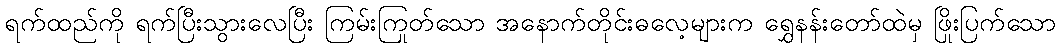
ရက်ထည်ကို ရက်ပြီးသွားလေပြီး ကြမ်းကြုတ်သော အနောက်တိုင်းဓလေ့များက ရွှေနန်းတော်ထဲမှ ဖြိုးပြက်သော